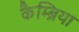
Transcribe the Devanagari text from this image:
कैम्ब्रिया